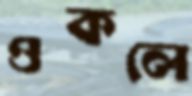
ওকলে